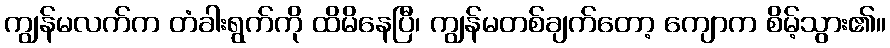
ကျွန်မလက်က တံခါးရွက်ကို ထိမိနေပြီ၊ ကျွန်မတစ်ချက်တော့ ကျောက စိမ့်သွား၏။